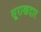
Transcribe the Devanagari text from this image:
सूराखदार